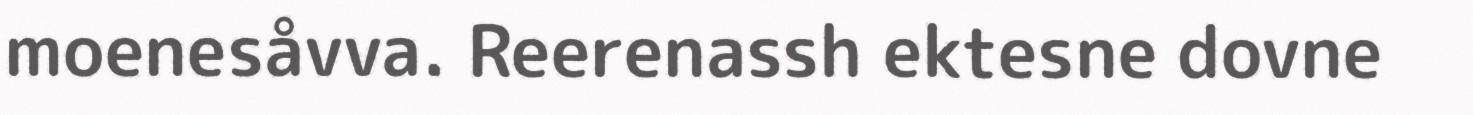
moenesåvva. Reerenassh ektesne dovne